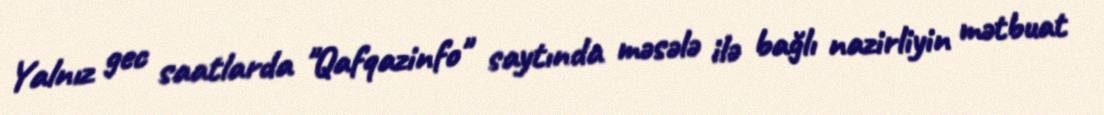
Yalnız gec saatlarda "Qafqazinfo" saytında məsələ ilə bağlı nazirliyin mətbuat